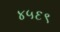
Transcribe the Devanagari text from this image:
४५६९